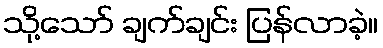
သို့သော် ချက်ချင်း ပြန်လာခဲ့။